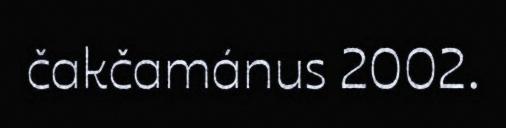
čakčamánus 2002.